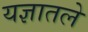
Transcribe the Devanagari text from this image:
यज्ञातले